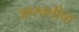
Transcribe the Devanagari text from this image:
आरवलीचा